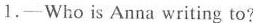
1.—Who is Anna writing to?